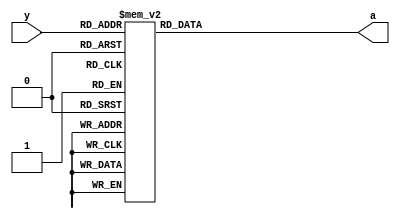
//  4 to 2 priority encoder using always blocking assignment
module _42penc(
  input [3:0] y,
  output reg [1:0] a   // for always block
  // output [1:0] a    // for assign statement
);

  // assign a[0] = ((~y[3]) & y[2]) | y[3];
  // assign a[0] = ((~y[3]) & (~y[2]) & y[1]) | y[3];

  // always @(*)
  // begin
  //   if (y[3]) a = 2'b11;
  //   else if (y[3] == 1) a = 2'b11;
  //   else if (y[3:2] == 2'b01) a = 2'b10;
  //   else if (y[3:1] == 3'b001) a = 2'b01;
  //   else if (y == 4'b0001) a = 2'b00;
  //   else if (y == 4'b0000) a = 2'b00;
  // end

  always @(*)
  begin
    case (y)
      4'b0000: a = 2'b00;
      4'b0001: a = 2'b00;
      4'b0010: a = 2'b01;
      4'b0011: a = 2'b01;
      4'b0100: a = 2'b10;
      4'b0101: a = 2'b10;
      4'b0110: a = 2'b10;
      4'b0111: a = 2'b10;
      4'b1000: a = 2'b11;
      4'b1001: a = 2'b11;
      4'b1010: a = 2'b11;
      4'b1100: a = 2'b11;
      4'b1101: a = 2'b11;
      4'b1110: a = 2'b11;
      4'b1111: a = 2'b11;
      default: a = 2'b00;
    endcase
  end

endmodule